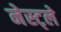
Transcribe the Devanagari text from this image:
नेस्ट्ले